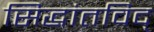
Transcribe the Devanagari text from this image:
सिद्धांतविद्